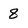
Character: 8